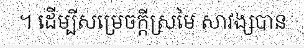
។ ដើម្បីសម្រេចក្តីស្រមៃ សាវង្សបាន